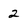
Character: 2